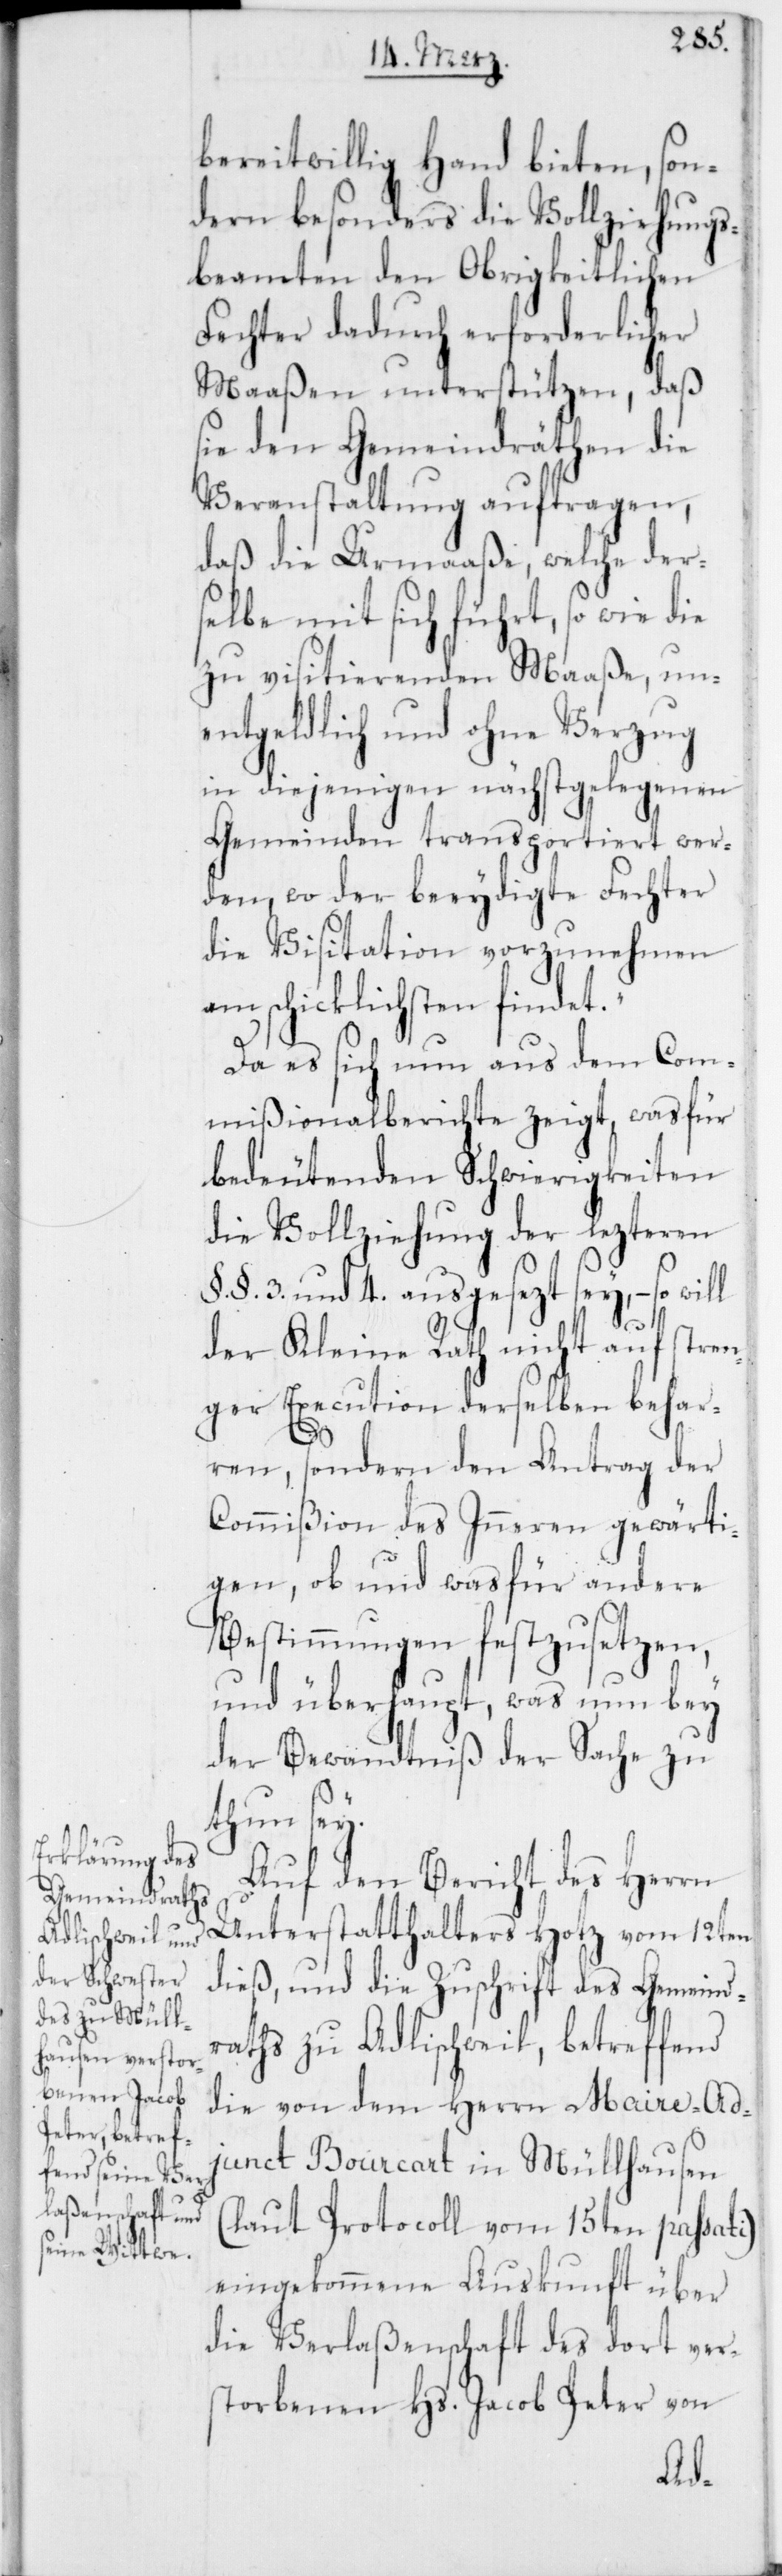
bereitwillig Hand bieten, son¬
dern besonders die Vollziehungs¬
beamten den Obrigkeitlichen
Fechter dadurch erforderlicher
Maaßen unterstützen, daß
sie den Gemeindräthen die
Veranstaltung auftragen,
daß die Urmaaße, welche ders¬
elbe mit sich führt, so wie die
zu visitierenden Maaße, un¬
entgeldlich und ohne Verzug
in diejenigen nächstgelegenen
Gemeinden transportiert wer¬
den, wo der beeydigte Fechter
die Visitation vorzunehmen
am schicklichsten findet.“
Da es sich nun aus dem Com¬
mißionalberichte zeigt, was für
bedeutenden Schwierigkeiten
die Vollziehung der lezteren
§.§. 3 und 4. ausgesezt sey, – so
der Kleine Rath nicht auf stren¬
ger Execution derselben behar¬
ren, sondern den Antrag der
Commißion des Inneren gewärti¬
gen, ob und was für andere
Bestimmungen festzusetzen,
und überhaupt, was nun bey
der Bewandtniß der Sache zu
thun sey.
Auf den Bericht des Herrn
Unterstatthalters Hotz vom 12ten
dieß, und die Zuschrift des Gemeind¬
raths zu Adlischweil, betreffend
die von dem Herrn Maire-Ad¬
junct Bourcart in Müllhausen
(laut Protocoll vom 15ten passati)
eingekommene Auskunft über
die Verlaßenschaft des dort ver¬
storbenen Hs. Jacob Peter von